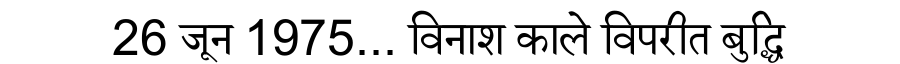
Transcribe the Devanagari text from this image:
26 जून 1975... विनाश काले विपरीत बुद्धि